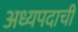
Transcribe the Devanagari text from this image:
अध्यपदाची